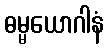
ဓမ္မယောဂါနံ